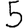
Digit: 5